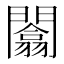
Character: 闟